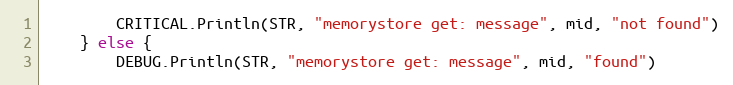
Language: Go
		CRITICAL.Println(STR, "memorystore get: message", mid, "not found")
	} else {
		DEBUG.Println(STR, "memorystore get: message", mid, "found")